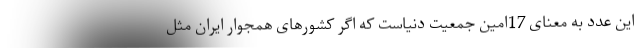
این عدد به معنای 17امین جمعیت دنیاست که اگر کشورهای همجوار ایران مثل